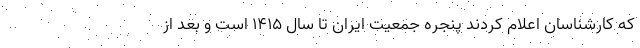
که کارشناسان اعلام کردند پنجره جمعیت ایران تا سال ۱۴۱۵ است و بعد از